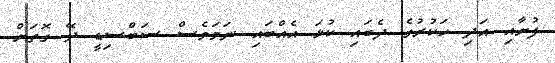
ފުށާއި އަދި ހަކުރުގެ ދެބައި ކުޅަ އެއްބައި ނަމަވެސް ސަބްސިޑީ ދޭ ގޮތަށް